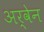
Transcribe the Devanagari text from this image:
अर्वेन